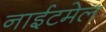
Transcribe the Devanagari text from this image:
नाईटमेल